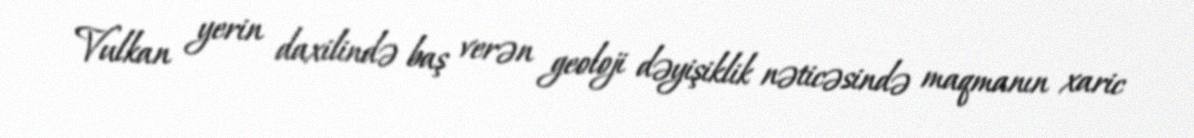
Vulkan yerin daxilində baş verən geoloji dəyişiklik nəticəsində maqmanın xaric